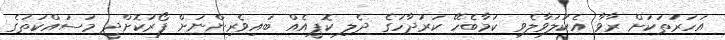
އަހަރުތަކަށް ރާވާ އެކުލަވާލެވި ކަމާބެހޭ ކަރުދާހުގެ ދެލި ކޮޕީއެއް ބައިވެރިންނަށް ފޯރުކޮށްދީ މަސައްކަތުގެ